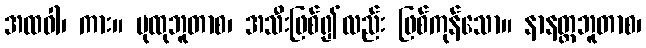
အထဝါ၊ ကား။ ပုထုဘူတာစ၊ အသီးဖြစ်၍လည်း ဖြစ်ကုန်သော။ နာနတ္တဘူတာစ၊